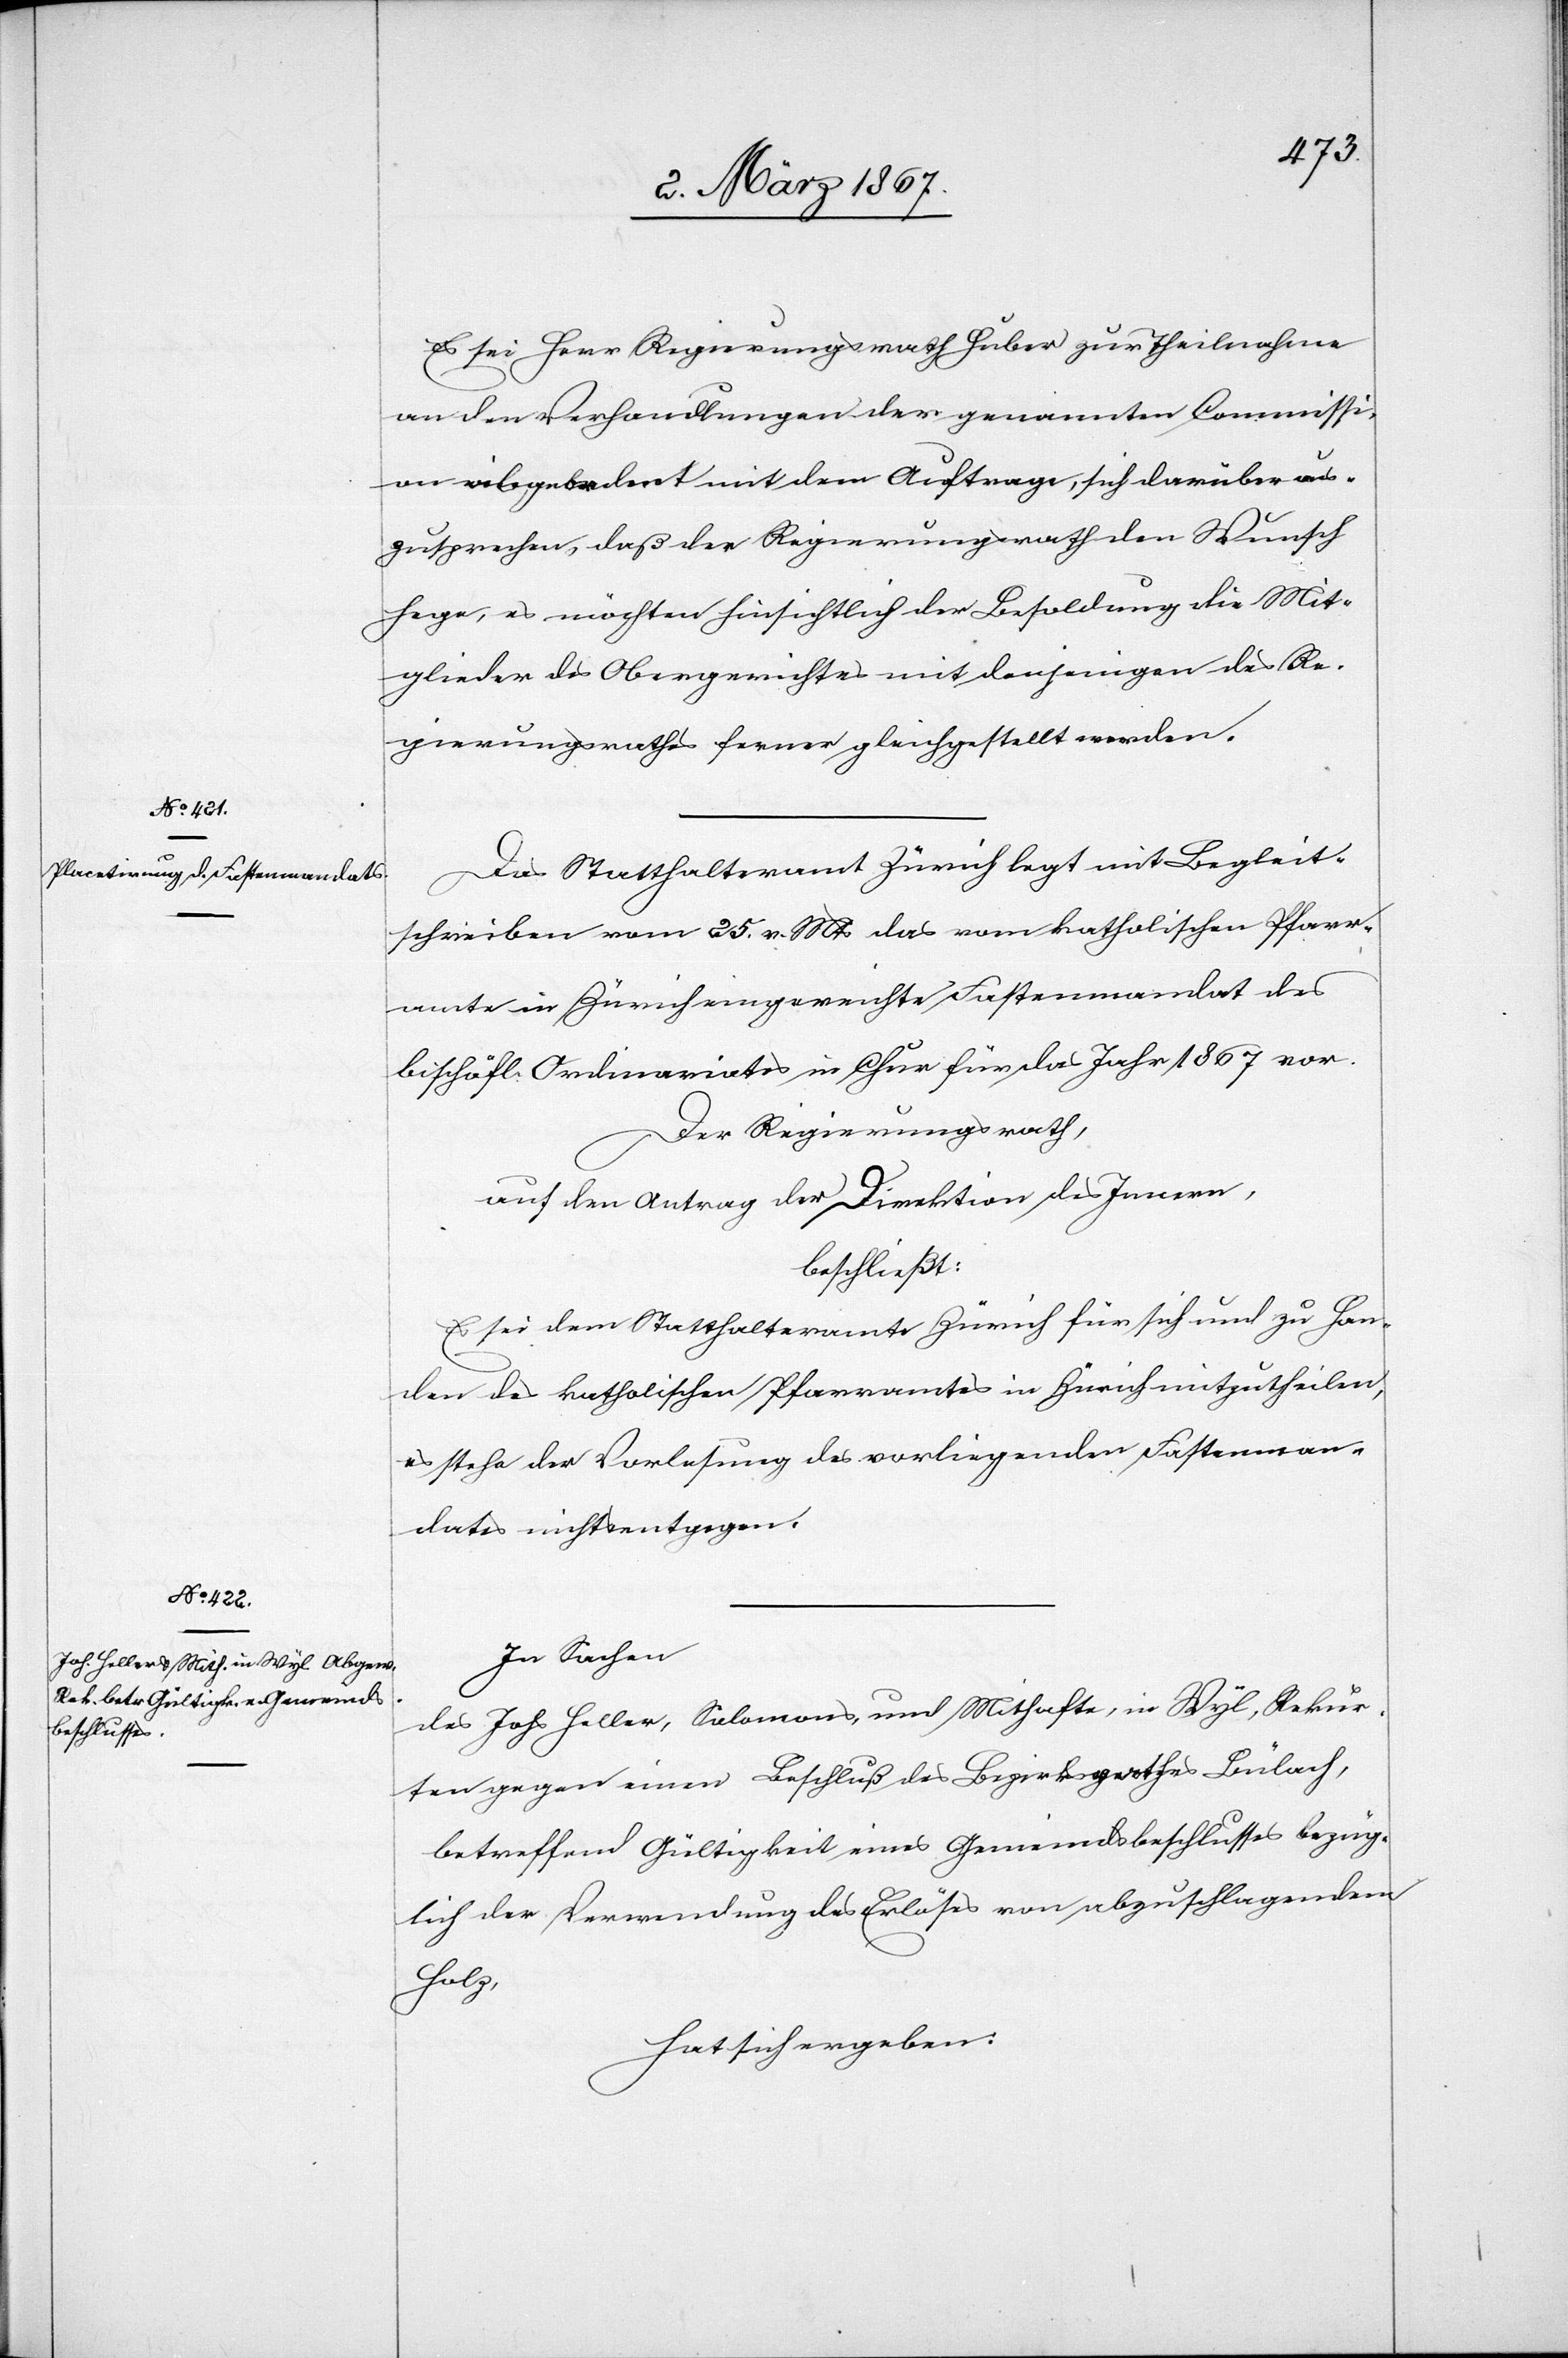
Es sei Herr Regierungsrath Huber zur Theilnahme
an den Verhandlungen der genannten Commissi¬
on abgeordert mit dem Auftrage, sich darüber aus¬
zusprechen, daß der Regierungsrath den Wunsch
hege, es möchten hinsichtlich der Besoldung die Mit¬
glieder des Obergerichtes mit denjenigen des Re¬
gierungsrathes ferner gleichgestellt werden.
Das Statthalteramt Zürich legt mit Begleit¬
schreiben vom 25. v. Mts das vom katholischen Pfarr¬
amte in Zürich eingereichte Fastenmandat des
bischöfl. Ordinariates in Chur für das Jahr 1867 vor.
Der Regierungsrath,
auf den Antrag der Direktion des Innern,
beschließt:
Es sei dem Statthalteramte Zürich für sich und zu Han¬
den des katholischen Pfarramtes in Zürich mitzutheilen,
es stehe der Vorlesung des vorliegenden Fastenman¬
dates nichts entgegen.
In Sachen
des Johs Heller, Salomons, und Mithafte, in Wyl, Rekurr¬
enten gegen einen Beschluß des Bezirksrathes Bülach,
betreffend Gültigkeit eines Gemeindsbeschlusses bezüg¬
lich der Verwendung des Erlöses von abzuschlagendem
Holz
hat sich ergeben: